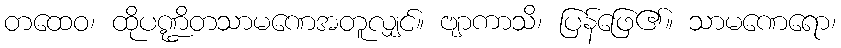
တထေဝ၊ ထိုပဏ္ဍိတသာမဏေအတူလျှင်။ ဗျာကာသိ၊ ပြန်ဖြေ၏။ သာမဏေရော၊